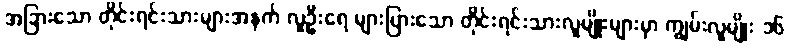
အခြားသော တိုင်းရင်းသားများအနက် လူဦးရေ များပြားသော တိုင်းရင်းသားလူမျိုးများမှာ ကျွမ်းလူမျိုး ၁၆